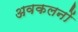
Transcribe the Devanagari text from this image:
अवकलनों